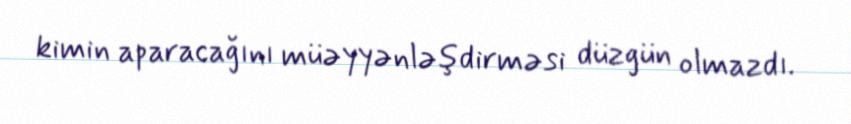
kimin aparacağını müəyyənləşdirməsi düzgün olmazdı.